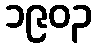
၁၉၀၃